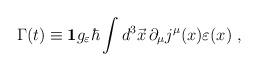
LaTeX: \begin{align*}\Gamma(t) \equiv {\bf 1} g_\varepsilon \hbar \int d^3\vec{x}\,\partial_\mu j^\mu(x) \varepsilon(x)\;,\end{align*}